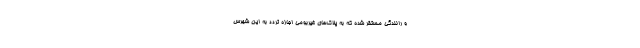
و رانندگی مستقر شده که به پلاک‌های غیربومی اجازه تردد به این شهرس